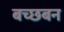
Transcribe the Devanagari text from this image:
बच्छबन